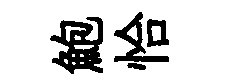
鮑恰